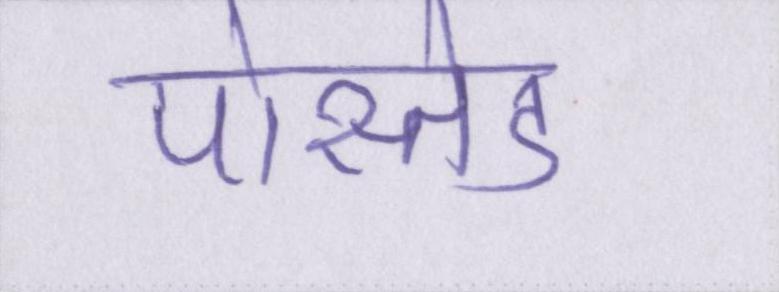
पोस्तेड